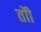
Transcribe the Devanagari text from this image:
तोी